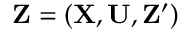
\mathbf { Z } = ( \mathbf { X } , \mathbf { U } , \mathbf { Z ^ { \prime } } )